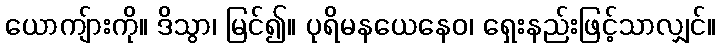
ယောကျ်ားကို။ ဒိသွာ၊ မြင်၍။ ပုရိမနယေနေဝ၊ ရှေးနည်းဖြင့်သာလျှင်။